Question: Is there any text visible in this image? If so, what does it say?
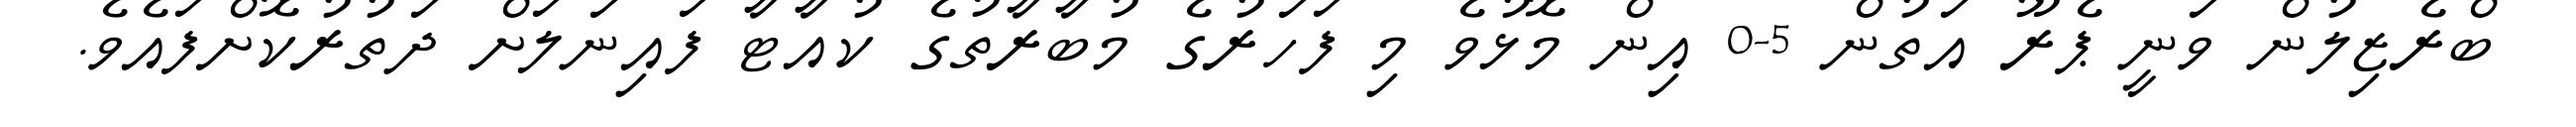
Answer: ބްރެޒިލުން ވަނީ ޕެރޫ އަތުން 5-0 އިން މޮޅުވެ މި ފަހަރުގެ މުބާރާތުގެ ކުއާޓާ ފައިނަލަށް ދަތުރުކޮށްފައެވެ.